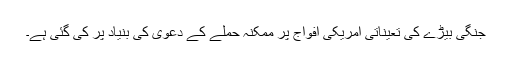
جنگی بیڑے کی تعیناتی امریکی افواج پر ممکنہ حملے کے دعویٰ کی بنیاد پر کی گئی ہے۔